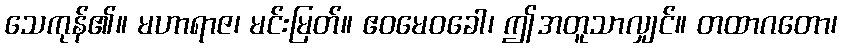
သေကုန်၏။ မဟာရာဇ၊ မင်းမြတ်။ ဧဝမေဝခေါ၊ ဤအတူသာလျှင်။ တထာဂတော၊